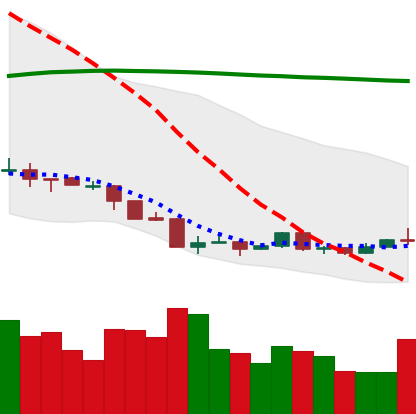
Ticker: ETH-USD
Chart end date: 2018-04-09
Forward return: 25.833%
Label: up_7plus